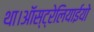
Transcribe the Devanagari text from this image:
था।ऑस्ट्रेलियाईयो